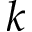
k